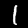
Label: 1